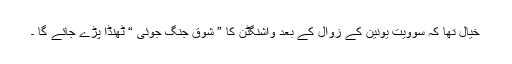
خیال تھا کہ سوویت یونین کے زوال کے بعد واشنگٹن کا ” شوقِ جنگ جوئی “ ٹھنڈا پڑے جائے گا ۔